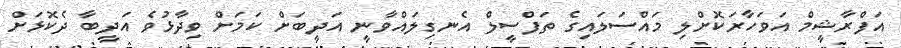
އަފްރާޝީމް އަވަހާރަކޮށްލި މައްސަލައިގެ ތަފްސީލް އެނގިލައްވާނީ އަދީބަށް ކަމަށް ވިދާޅުވެ އަދީބާ ދެކޮޅަށް